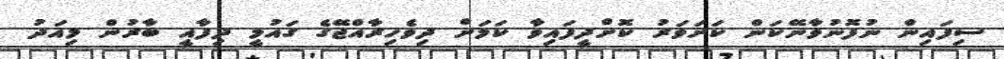
ސިފައިން ނުފޮނުވާނޭކަން ކަށަވަރު ކޮށްދީފައިވާ ކަމަށް ދިވެހިރާއްޖޭގެ ގައުމީ ދިފާއީ ބާރުން މިއަދު